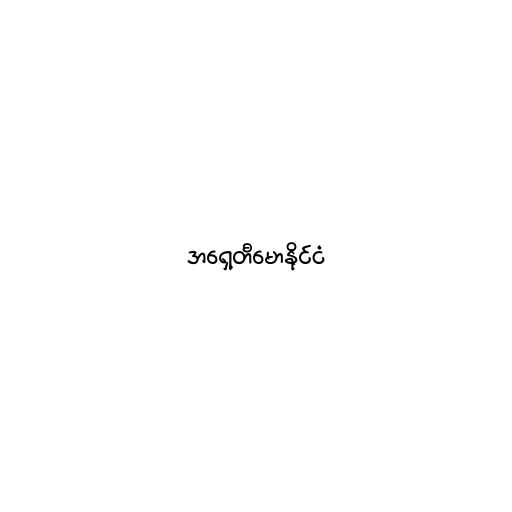
အရှေ့တီမောနိုင်ငံ